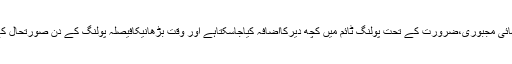
حکام کے مطابق انتہائی مجبوری،ضرورت کے تحت پولنگ ٹائم میں کچھ دیرکااضافہ کیاجاسکتاہے اور وقت بڑھانیکافیصلہ پولنگ کے دن صورتحال کے مطابق کیاجاتاہے۔